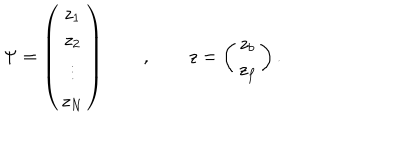
\Psi = \left( \begin{array} { c } { { z _ { 1 } } } \\ { { z _ { 2 } } } \\ { { \vdots } } \\ { { z _ { N } } } \\ \end{array} \right) \qquad , \qquad z = \left( \begin{array} { c } { { z _ { b } } } \\ { { z _ { f } } } \\ \end{array} \right) .